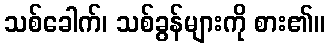
သစ်ခေါက်၊ သစ်ခွန်များကို စား၏။